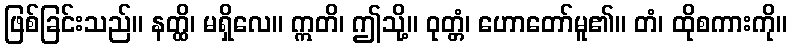
ဖြစ်ခြင်းသည်။ နတ္ထိ၊ မရှိလေ။ ဣတိ၊ ဤသို့။ ဝုတ္တံ၊ ဟောတော်မူ၏။ တံ၊ ထိုစကားကို။